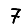
Digit: 7